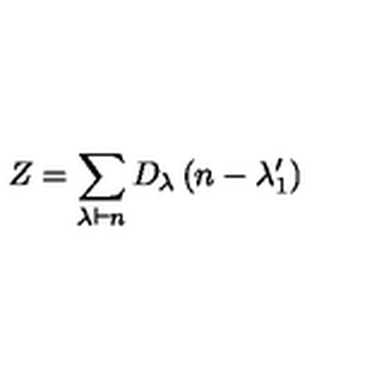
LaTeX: Z = \sum _ { \lambda \vdash n } D _ { \lambda } \left( n - \lambda _ { 1 } ^ { \prime } \right)